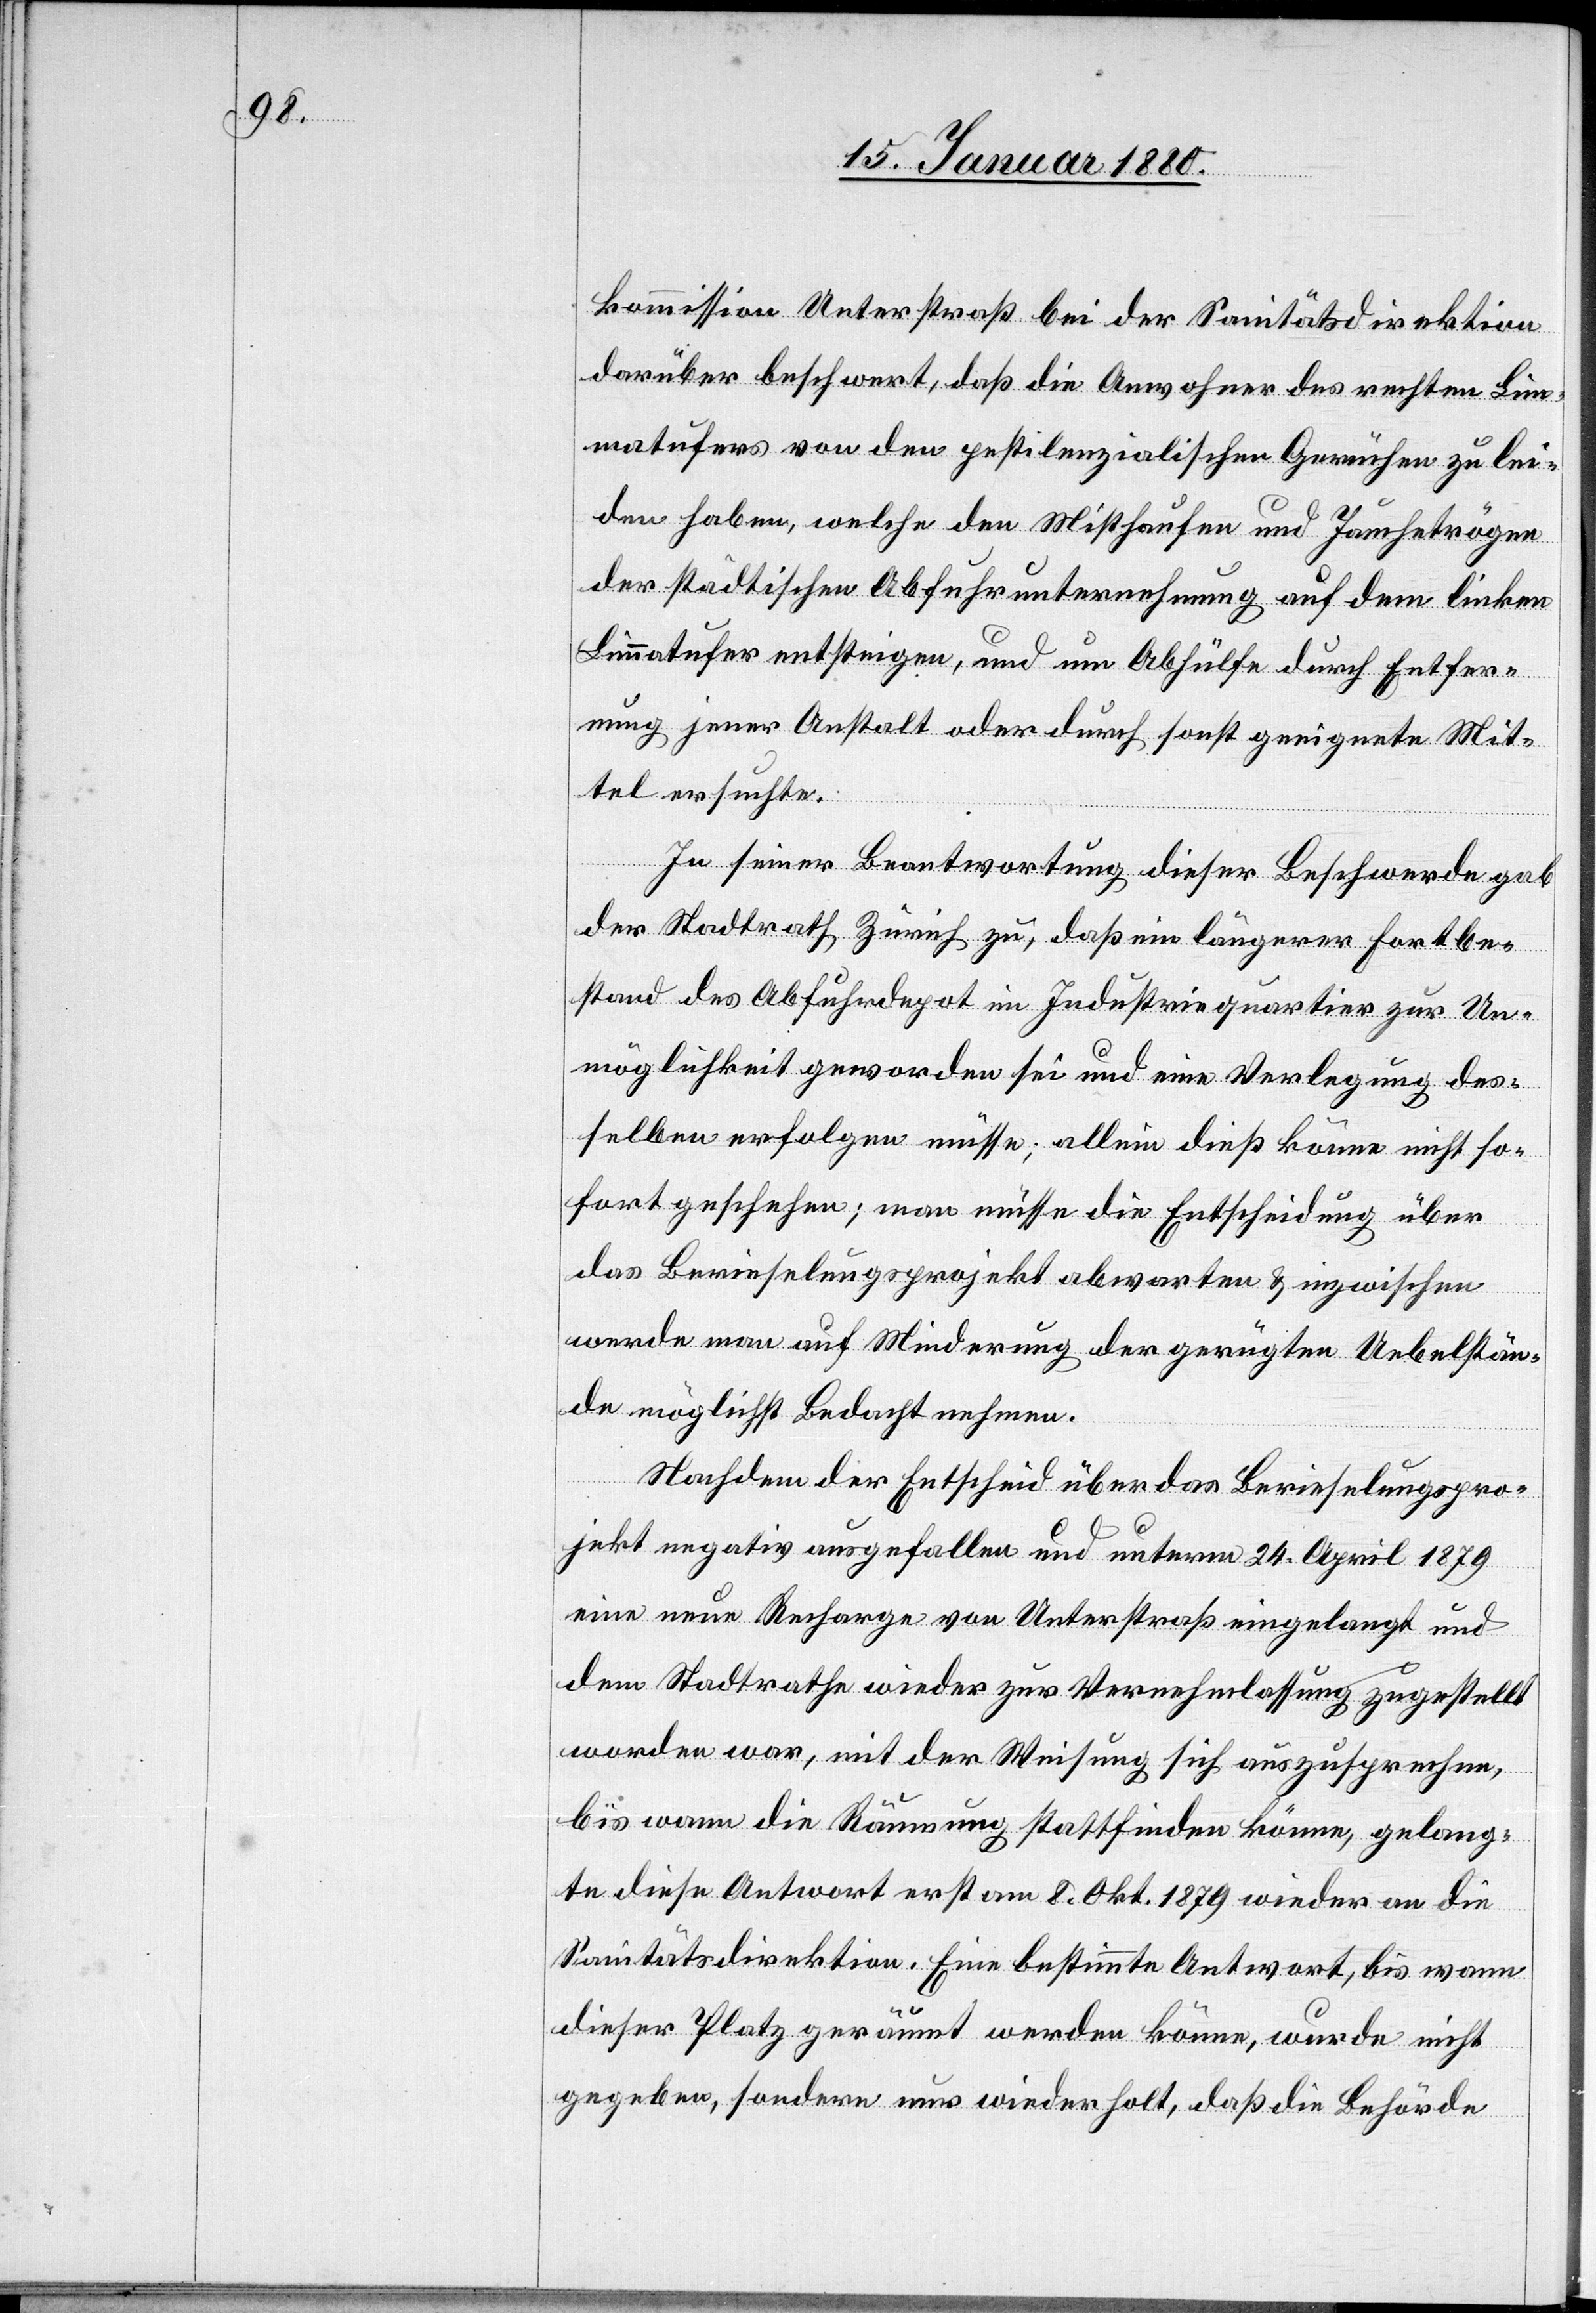
kommission Unterstraß bei der Sanitätsdirektion
darüber beschwert, daß die Anwohner des rechten Lim¬
matufers von den pestilenzialischen Gerüchen zu lei¬
den haben, welche den Misthaufen und Jauchetrögen
der städtischen Abfuhrunternehmung auf dem linken
Limmatufer entsteigen, und um Abhülfe durch Entfer¬
nung jener Anstalt oder durch sonst geeignete Mit¬
tel ersuchte
In seiner Beantwortung dieser Beschwerde gab
der Stadtrath Zürich zu, daß ein längerer Fortbe¬
stand des Abfuhrdepot im Industriequartier zur Un¬
möglichkeit geworden sei und eine Verlegung des¬
selben erfolgen müsse, allein dieß könne nicht so¬
fort geschehen; man müsse die Entscheidung über
das Berieselungsprojekt abwarten & inzwischen
werde man auf Minderung der gerügten Uebelstän¬
de möglichst Bedacht nehmen.
Nachdem der Entscheid über das Berieselungspro¬
jekt negativ ausgefallen und unterm 24. April 1879
eine neue Recharge von Unterstraß eingelangt und
dem Stadtrathe wieder zur Vernehmlassung zugestellt
worden war, mit der Weisung sich auszusprechen,
bis wann die Räumung stattfinden könne, gelang¬
te diese Antwort erst am 8. Okt. 1879 wieder an die
Sanitätsdirektion. Eine bestimmte Antwort, bis wann
dieser Platz geräumt werden könne, wurde nicht
gegeben, sondern nur wiederholt, daß die Behörde